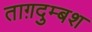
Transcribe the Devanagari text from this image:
ताग़दुम्बश